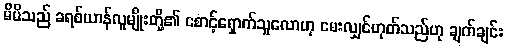
မိမိသည် ခရစ်ယာန်လူမျိုးတို့၏ စောင့်ရှောက်သူလောဟု မေးလျှင်ဟုတ်သည်ဟု ချက်ချင်း